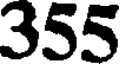
355